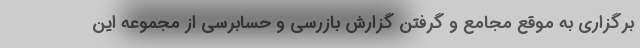
برگزاری به موقع مجامع و گرفتن گزارش بازرسی و حسابرسی از مجموعه این